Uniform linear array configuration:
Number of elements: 12
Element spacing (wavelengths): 0.25
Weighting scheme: cosine
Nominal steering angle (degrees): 0
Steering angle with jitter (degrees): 0.2511
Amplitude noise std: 0.05
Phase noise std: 0.05

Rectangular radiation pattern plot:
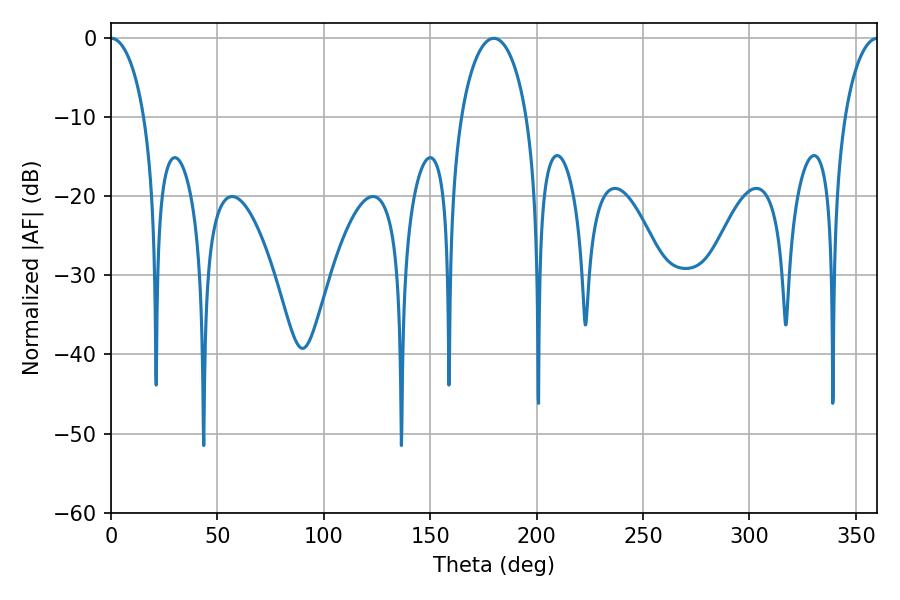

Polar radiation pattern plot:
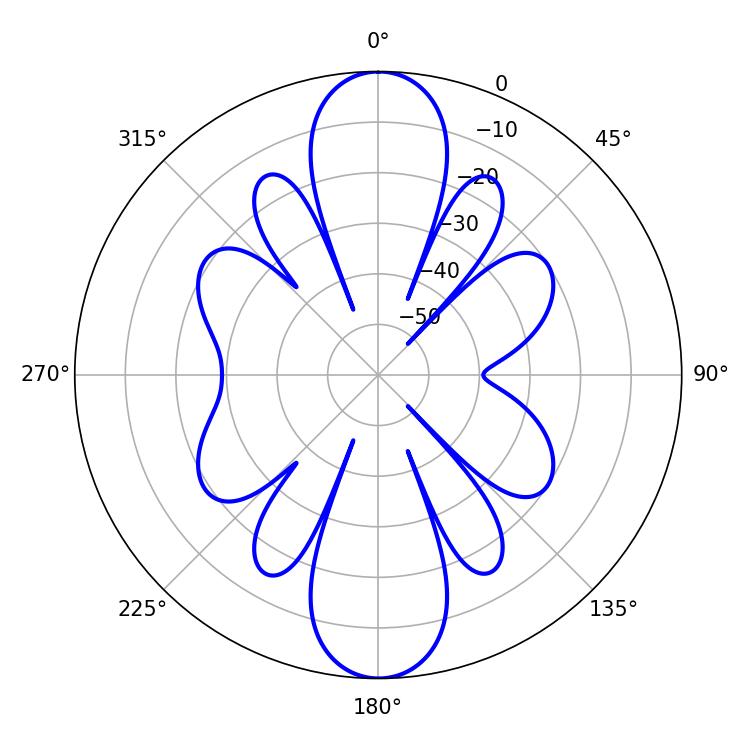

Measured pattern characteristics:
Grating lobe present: FALSE
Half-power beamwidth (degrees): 9
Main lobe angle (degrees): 0.18